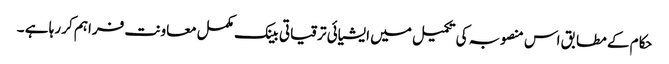
حکام کے مطابق اس منصوبہ کی تکمیل میں ایشیائی ترقیاتی بینک مکمل معاونت فراہم کر رہا ہے ۔